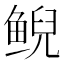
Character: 鲵